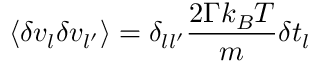
\left\langle \delta v _ { l } \delta v _ { l ^ { \prime } } \right\rangle = \delta _ { l l ^ { \prime } } \frac { 2 \Gamma k _ { B } T } { m } \delta t _ { l }